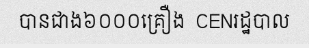
បានជាង៦០០០គ្រឿង  CENរដ្ឋបាល